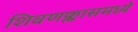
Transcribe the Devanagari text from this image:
शिवणक्लासमध्ये